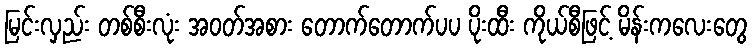
မြင်းလှည်း တစ်စီးလုံး အဝတ်အစား တောက်တောက်ပပ ပိုးထီး ကိုယ်စီဖြင့် မိန်းကလေးတွေ